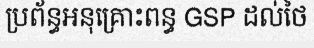
ប្រព័ន្ធអនុគ្រោះពន្ធ GSP ដល់ថៃ